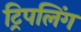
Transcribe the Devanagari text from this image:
ट्रिपलिंग